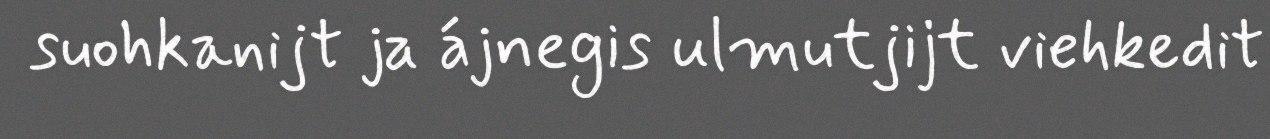
suohkanijt ja ájnegis ulmutjijt viehkedit